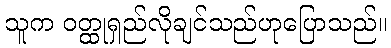
သူက ဝတ္ထုရှည်လိုချင်သည်ဟုပြောသည်။